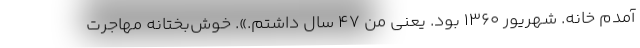
آمدم خانه. شهریور 1360 بود. یعنی من 47 سال داشتم.». خوش‌بختانه مهاجرت